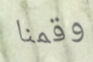
وقمنا